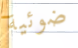
ضوئية